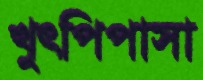
খুৎপিপাসা